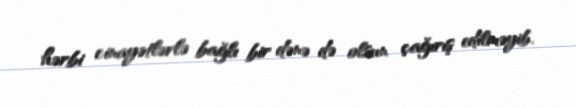
hərbi cinayətlərlə bağlı bir dənə də olsun çağırış edilməyib.